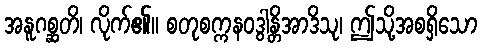
အနူဂစ္ဆတိ၊ လိုက်၏။ စတုစက္ကနဝဒွါန္တိအာဒိသု၊ ဤသို့အစရှိသော